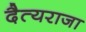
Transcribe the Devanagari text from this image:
दैत्यराजा